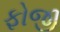
ફોજી